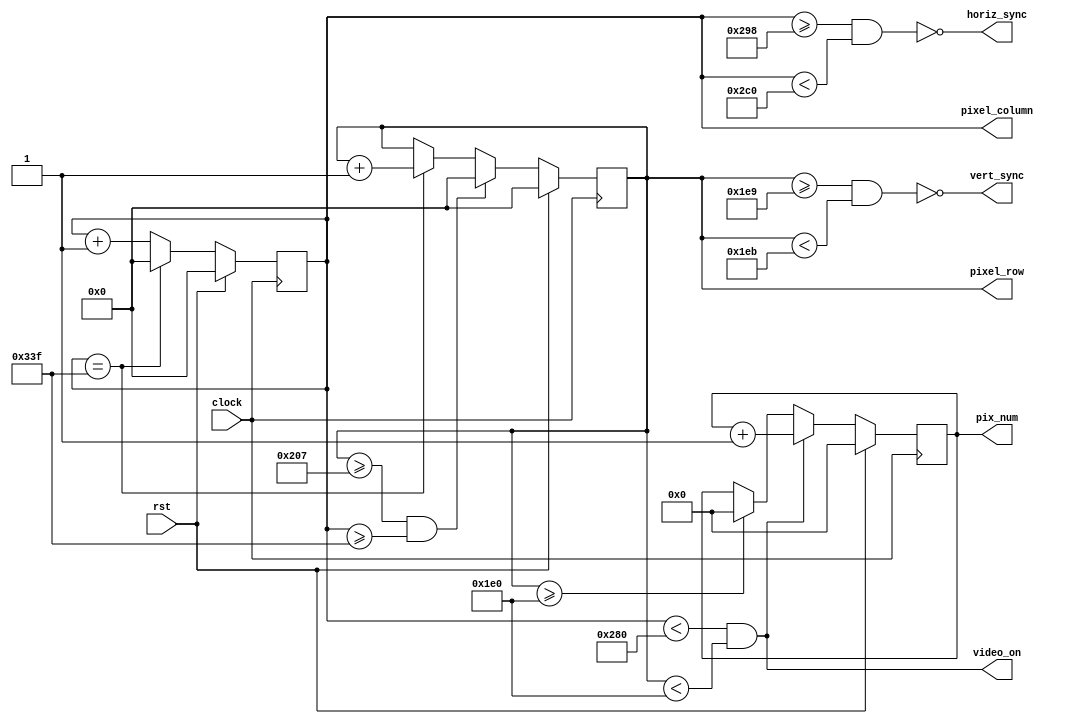
/*
############################################# 
# ECE 540 project 2
#
# Author:	Rafael Schultz (srafael@pdx.edu)
# Date:		11-Nov-2023	
#
# Changes made to include VGA peripheral
#
# Targeted to Nexys A7 FPGA board
#############################################
*/



//	dtg_top.v - Horizontal & Vertical Display Timing & Sync generator for VESA timing
//	1024 * 768 working
//	Version:		3.0	
//	
//	 Revision History
//	 ----------------
//	 02-Feb-06		JDL	Added video_on output; simplified counter logic
//	 25-Oct-12		Modified for kcpsm6 and Nexys3
//   	 20-Sep-17		Modified the design, to produce signals for 1024*768 resolution
//	 11-Nov-23		Modified to be used on project 2 for ECE540 by Rafael
//
//	Description:
//	------------
//	 This circuit provides pixel location and horizontal and 
//	 vertical sync for a 1024 x 768 video image. 
//	
//	 Inputs:
//			clock           - 75MHz Clock
//			rst             - Active-high synchronous reset
//	 Outputs:
//			horiz_sync_out	- Horizontal sync signal to display
//			vert_sync_out	- Vertical sync signal to display
//			Pixel_row	- (12 bits) current pixel row address // changed to 10 bits by rafael
//			Pixel_column	- (12 bits) current pixel column address // changed to 10 bits by rafael
//			video_on        - 1 = in active video area; 0 = blanking;
//			
//////////

module dtg_top ( // renamed module name by rafael
	input			clock, rst,
	output wire		horiz_sync, vert_sync, video_on, // changed to wire type rafael	
	output reg [9:0]	pixel_row, pixel_column, // changed size rafael
	
	//absolute 1D pixel offset, equal to (row * column width) + column
	output reg [31:0]  pix_num 
);
/*
// Timing parameters (for 75MHz pixel clock and 1024 x 768 display)
//parameter
//		HORIZ_PIXELS = 1024,  HCNT_MAX  = 1327, 		
//		HSYNC_START  = 1053,  HSYNC_END = 1189,

//		VERT_PIXELS  = 768,  VCNT_MAX  = 805,
//		VSYNC_START  = 773,  VSYNC_END = 779;
*/
// Timing parameters (for 31.5MHz pixel clock and 640 x 480 display @ 73Hz)
parameter
		HORIZ_PIXELS = 640,  HCNT_MAX  = 831, 		
		HSYNC_START  = 664,  HSYNC_END = 704,

		VERT_PIXELS  = 480,  VCNT_MAX  = 519,
		VSYNC_START  = 489,  VSYNC_END = 491;    
		
// Timing parameters for 25.20MHz and 640 x 480 display (based on website http://tinyvga.com/vga-timing/640x480@60Hz)
/*parameter
		HORIZ_PIXELS = 640,  HCNT_MAX  = 799, 		
		HSYNC_START  = 656,  HSYNC_END = 752,

		VERT_PIXELS  = 480,  VCNT_MAX  = 524, // changed 523 to 524 rafael
		VSYNC_START  = 490,  VSYNC_END = 492; // changed 491 to 490 rafael */

// generate video signals and pixel counts
always @(posedge clock) begin
	if (rst) begin
	    	pix_num      <= 0;
		pixel_column <= 0;
		pixel_row    <= 0;
	end
	else begin
		// increment horizontal sync counter.  Wrap if at end of row
		if (pixel_column == HCNT_MAX)	
			pixel_column <= 10'd0;
		else	
			pixel_column <= pixel_column + 10'd1;
			
		// increment vertical sync ounter.  Wrap if at end of display.  Increment if end of row
		// reset absolute pixel count on row reset, otherwise increment on every clock cycle
		if ((pixel_row >= VCNT_MAX) && (pixel_column >= HCNT_MAX))
			pixel_row <= 10'd0;
		else if (pixel_column == HCNT_MAX)
			pixel_row <= pixel_row + 10'd1;

		
		//increment pix_num on every clock, when video is on, 
		if ((pixel_column < HORIZ_PIXELS) && (pixel_row < VERT_PIXELS))
		  pix_num <= pix_num + 32'd1;
		//if we are in the vertical blanking area, reset pix_num to 0
		else if (pixel_row >= VERT_PIXELS)
		  pix_num <= 32'd0;

	end
end // always


	// moved these 3 out from always loop and made assign type by rafael

	// generate active-low horizontal sync pulse
	assign horiz_sync =  ~((pixel_column >= HSYNC_START) && (pixel_column < HSYNC_END)); // removed equal at the 2nd comparator rafael
	
	// generate active-low vertical sync pulse
	assign vert_sync = ~((pixel_row >= VSYNC_START) && (pixel_row < VSYNC_END)); // removed equal at the 2nd comparator rafael
	
	// generate the video_on signals
	assign video_on = ((pixel_column < HORIZ_PIXELS) && (pixel_row < VERT_PIXELS));

endmodule